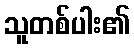
သူတစ်ပါး၏